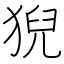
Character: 猊